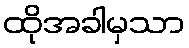
ထိုအခါမှသာ